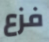
فزع